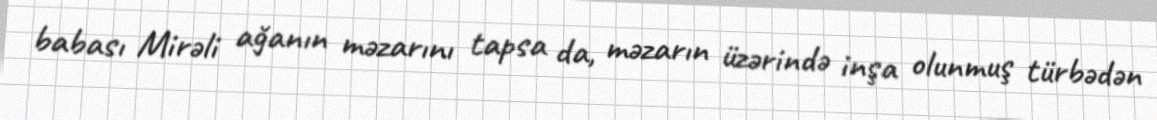
babası Mirəli ağanın məzarını tapsa da, məzarın üzərində inşa olunmuş türbədən